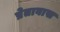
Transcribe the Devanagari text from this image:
प्रेतावास